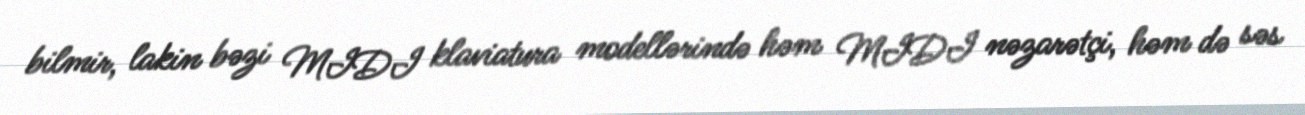
bilmir, lakin bəzi MIDI klaviatura modellərində həm MIDI nəzarətçi, həm də səs